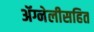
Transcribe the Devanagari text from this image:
ॲग्नेलीसहित